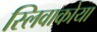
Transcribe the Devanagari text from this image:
स्लिवाकोया